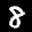
Label: 8